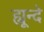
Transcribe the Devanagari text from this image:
ह्यून्दे